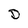
Character: D